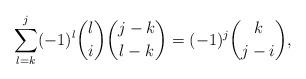
LaTeX: \begin{align*}\sum^j_{l =k}(-1)^l{l \choose i}{{j-k} \choose {l-k}}=(-1)^j{k \choose{j-i}},\end{align*}